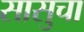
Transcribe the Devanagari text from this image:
सासुचा